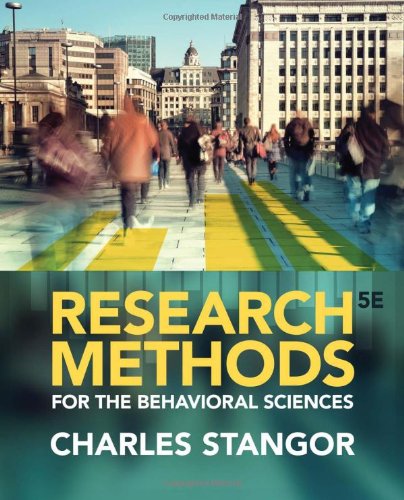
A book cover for Research Methods for the Behavioral Sciences; Charles Stangor; Medical Books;